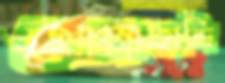
থোল্লাকান্দি